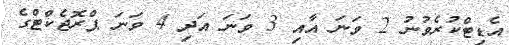
އެޑިޓްކުރެވުނު 2 ވަނަ އާއި 3 ވަނަ އަދި 4 ވަނަ ޕްރޮޖެކްޓްގެ